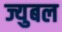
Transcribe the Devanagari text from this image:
ज्युबल